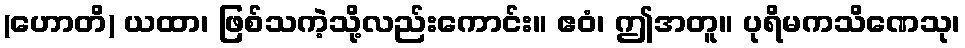
(ဟောတိ) ယထာ၊ ဖြစ်သကဲ့သို့လည်းကောင်း။ ဧဝံ၊ ဤအတူ။ ပုရိမကသိဏေသု၊